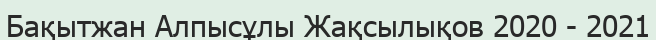
Бақытжан Алпысұлы Жақсылықов 2020 - 2021